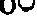
60